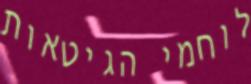
לוחמי הגיטאות